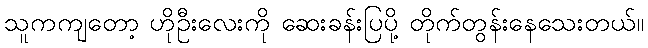
သူကကျတော့ ဟိုဦးလေးကို ဆေးခန်းပြပို့ တိုက်တွန်းနေသေးတယ်။